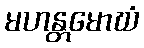
မဟန္တမောဃံ